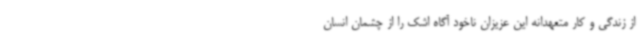
از زندگی و کار متعهدانه این عزیزان ناخود آگاه اشک را از چشمان انسان